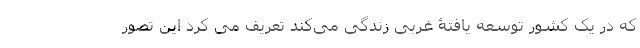
که در یک کشور توسعه یافتۀ غربی زندگی می‌کند تعریف می کرد این تصور